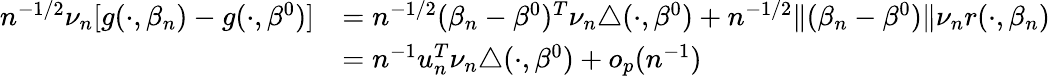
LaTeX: \begin{array}{rl}{n^{-1/2}\nu_{n}[g(\cdot,\beta_{n})-g(\cdot,\beta^{0})]}&{=n^{-1/2}(\beta_{n}-\beta^{0})^{T}\nu_{n}\triangle(\cdot,\beta^{0})+n^{-1/2}\Vert(\beta_{n}-\beta^{0})\Vert\nu_{n}r(\cdot,\beta_{n})}\\ &{=n^{-1}u_{n}^{T}\nu_{n}\triangle(\cdot,\beta^{0})+o_{p}(n^{-1})}\end{array}